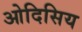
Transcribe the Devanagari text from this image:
ओदिसिय